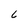
Character: 6